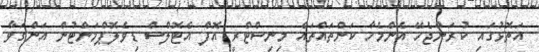
އަތޮޅުގައި ކުރަންޖެހޭ އެންމެހާ ކަންތައްތައް މިނިސްޓްރީ އޮފް އެޓޮލްސް ޑިވެލޮޕްމަންޓުން އަންގަވާ